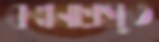
কল্পনাপ্রসুত